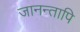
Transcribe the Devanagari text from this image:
जानन्तापि